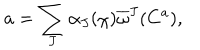
a = \sum _ { J } \alpha _ { J } ( \chi ) \overline { { { \omega } } } ^ { J } ( C ^ { a } ) ,